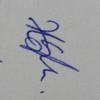
Signature authenticity: genuine